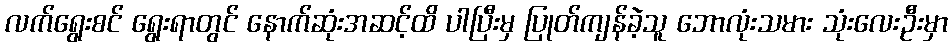
လက်ရွေးစင် ရွေးရာတွင် နောက်ဆုံးအဆင့်ထိ ပါပြီးမှ ပြုတ်ကျန်ခဲ့သူ ဘောလုံးသမား သုံးလေးဦးမှာ